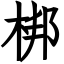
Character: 梆